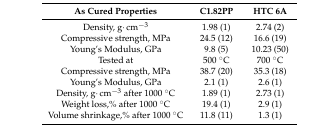
| As Cured Properties | C1.82PP | HTC 6A |
 | --- | --- | --- |
 | Density, g·cm−3 | 1.98 (1) | 2.74 (2) |
 | Compressive strength, MPa | 24.5 (12) | 16.6 (19) |
 | Young’s Modulus, GPa | 9.8 (5) | 10.23 (50) |
 | Tested at | 500 °C | 700 °C |
 | Compressive strength, MPa | 38.7 (20) | 35.3 (18) |
 | Young’s Modulus, GPa | 2.1 (1) | 2.6 (1) |
 | Density, g·cm−3 after 1000 °C | 1.89 (1) | 2.73 (1) |
 | Weight loss,% after 1000 °C | 19.4 (1) | 2.9 (1) |
 | Volume shrinkage,% after 1000 °C | 11.8 (11) | 1.3 (1) |